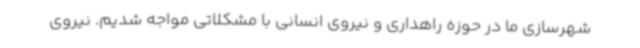
شهرسازی ما در حوزه راهداری و نیروی انسانی با مشکلاتی مواجه شدیم. نیروی